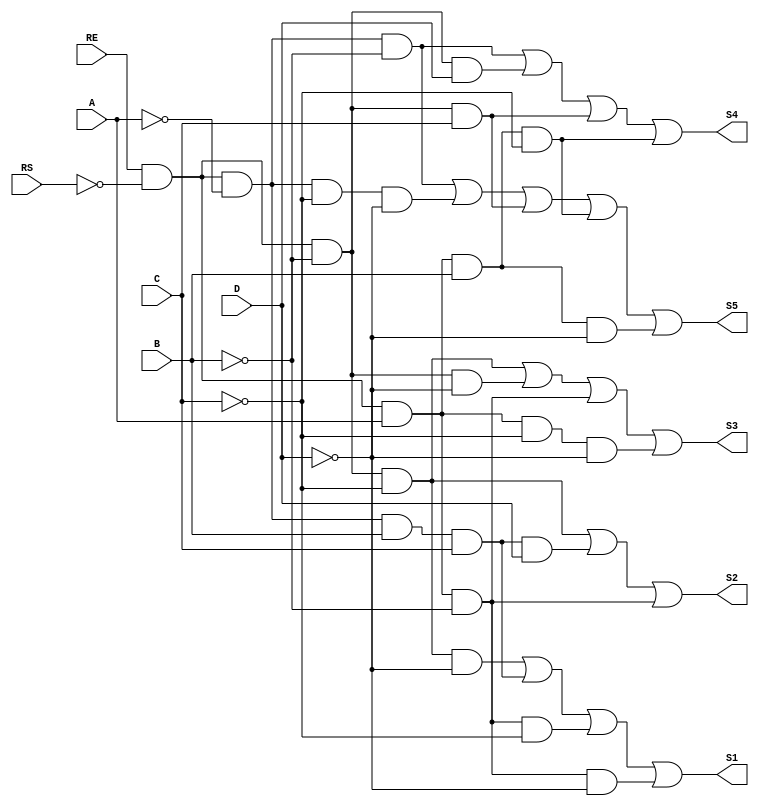
module echo_codificador (
  input RE,
  input RS,
  input A,
  input B,
  input C,
  input D,
  output S1,
  output S2,
  output S3,
  output S4,
  output S5
);

  assign S1 = ((RE & ~RS & ~B & ~C & ~D) | (RE & ~RS & ~A & B & C) | (RE & ~RS & A & ~B & ~C) | (RE & ~RS & A & ~B & ~D));
  assign S2 = ((RE & ~RS & ~B & ~C) | (RE & ~RS & ~A & B & C & D) | (RE & ~RS & A & ~B));
  assign S3 = ((RE & ~RS & ~B & ~C) | (RE & ~RS & ~B & ~D) | (RE & ~RS & A & ~B) | (RE & ~RS & A & ~C & ~D));
  assign S4 = ((RE & ~RS & ~A & ~B) | (RE & ~RS & ~B & D) | (RE & ~RS & ~B & C) | (RE & ~RS & A & B & ~C));
  assign S5 = ((RE & ~RS & ~A & ~B) | (RE & ~RS & ~A & ~C & ~D) | (RE & ~RS & ~B & C) | (RE & ~RS & A & B & ~C) | (RE & ~RS & A & B & ~D));

  
endmodule